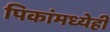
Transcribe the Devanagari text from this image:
पिकांमध्येही